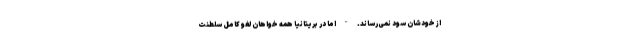
از خودشان سود نمی‌رساند. " اما در بریتانیا همه خواهان لغو کامل سلطنت